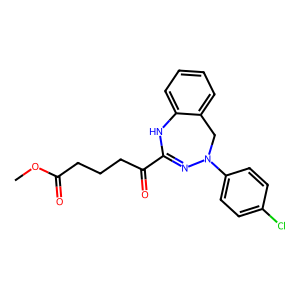
SMILES: COC(=O)CCCC(=O)C1=NN(c2ccc(Cl)cc2)Cc2ccccc2N1
Inhibits HIV replication: No